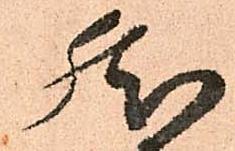
然